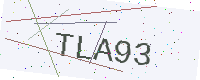
Text: TLA93